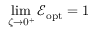
\operatorname* { l i m } _ { \zeta \to 0 ^ { + } } \mathcal E _ { \mathrm { o p t } } = 1